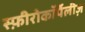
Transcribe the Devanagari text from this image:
स्फ़ीरोकॉर्पेलीज़